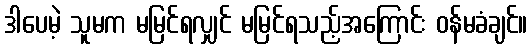
ဒါပေမဲ့ သူမက မမြင်ရလျှင် မမြင်ရသည့်အကြောင်း ဝန်မခံချင်။